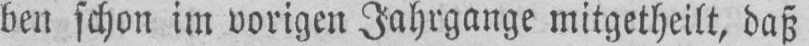
ben schon im vorigen Jahrgange mitgetheilt, daß